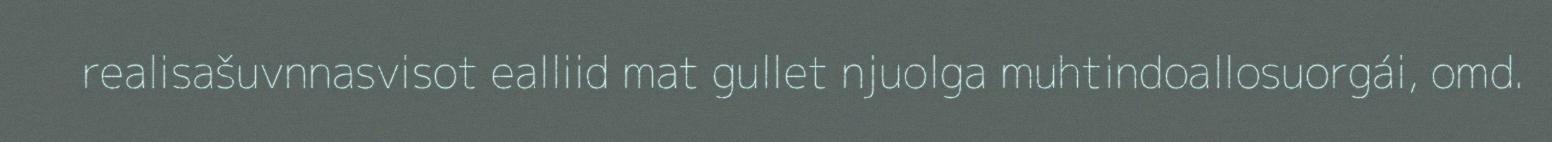
realisašuvnnasvisot ealliid mat gullet njuolga muhtindoallosuorgái, omd.